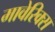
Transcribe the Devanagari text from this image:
मावेरिक्स